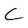
Character: C